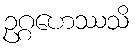
ဥဂ္ဂဟေဿသိ